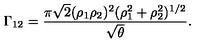
\Gamma _ { 1 2 } = { \frac { \pi \sqrt { 2 } ( \rho _ { 1 } \rho _ { 2 } ) ^ { 2 } ( \rho _ { 1 } ^ { 2 } + \rho _ { 2 } ^ { 2 } ) ^ { 1 / 2 } } { \sqrt { \theta } } } .